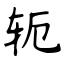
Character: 轭